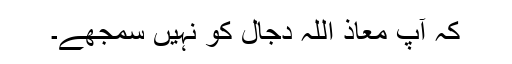
کہ آپ معاذ اللہ دجال کو نہیں سمجھے۔